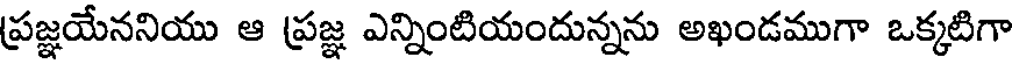
ప్రజ్ఞయేననియు ఆ ప్రజ్ఞ ఎన్నింటియందున్నను అఖండముగా ఒక్కటిగా